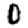
Digit: 0